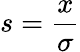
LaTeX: s=\frac{x}{\sigma}